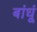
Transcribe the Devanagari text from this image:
बांधूं